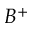
B ^ { + }